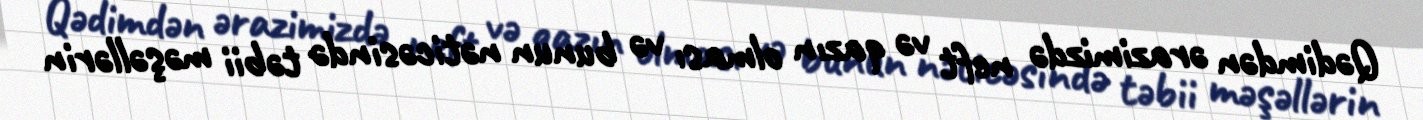
Qədimdən ərazimizdə neft və qazın olması və bunun nəticəsində təbii məşəllərin